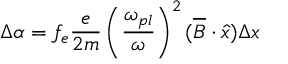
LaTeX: \Delta \alpha = f _ { e } \frac { e } { 2 m } \left( \frac { \omega _ { p l } } { \omega } \right) ^ { 2 } ( \overline { { { B } } } \cdot \hat { x } ) \Delta x